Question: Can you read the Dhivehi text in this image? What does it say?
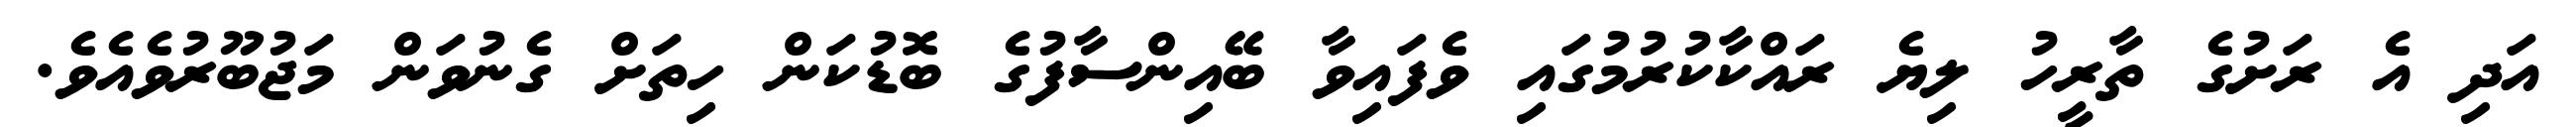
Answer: އަދި އެ ރަށުގެ ތާރީހު ލިޔެ ރައްކާކުރުމުގައި ވެފައިވާ ބޭއިންސާފުގެ ބޮޑުކަން ހިތަށް ގެނުވަން މަޖުބޫރުވެއެވެ.